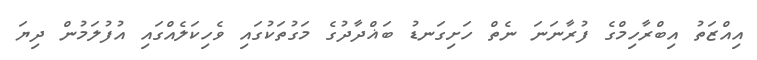
އިއްޒަތު އިބްރާހިމްގެ ފުރާނަނަ ނެތް ހަށިގަނޑު ބަޣްދާދުގެ މަގުތަކުގައި ވެހިކަލެއްގައި އުފުލަމުން ދިޔަ